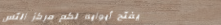
يفتح أبوابه لكم مركز التس